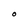
Character: O